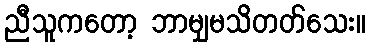
ညီသူကတော့ ဘာမျှမသိတတ်သေး။